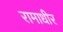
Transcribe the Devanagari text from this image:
रामाधीर